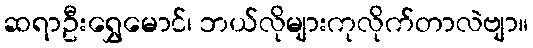
ဆရာဦးရွှေမောင်၊ ဘယ်လိုများကုလိုက်တာလဲဗျာ။